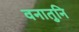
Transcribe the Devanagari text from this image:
वनातुनि